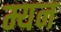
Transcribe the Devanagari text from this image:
म्यन